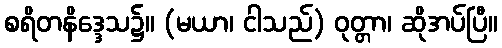
စရိတနိဒ္ဒေသ၌။ (မယာ၊ ငါသည်) ဝုတ္တာ၊ ဆိုအပ်ပြီ။